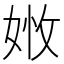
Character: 𡝒